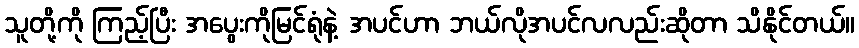
သူတို့ကို ကြည့်ပြီး အပွေးကိုမြင်ရုံနဲ့ အပင်ဟာ ဘယ်လိုအပင်လလည်းဆိုတာ သိနိုင်တယ်။